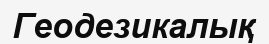
Геодезикалық